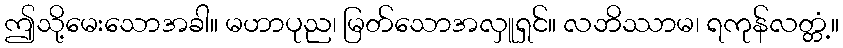
ဤသို့မေးသောအခါ။ မဟာပုည၊ မြတ်သောအလှူရှင်။ လဘိဿာမ၊ ရကုန်လတ္တံ့။